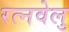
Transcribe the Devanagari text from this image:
रत्नवेलु